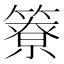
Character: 簝